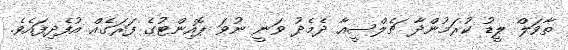
ތާވަލް ލީޑު ކުރަމުންދާ ޗެލްސީއާ ދެމެދު ވަނީ ނުވަ ޕޮއިންޓުގެ ފަރަގެއް އުފެދިފައެވެ.